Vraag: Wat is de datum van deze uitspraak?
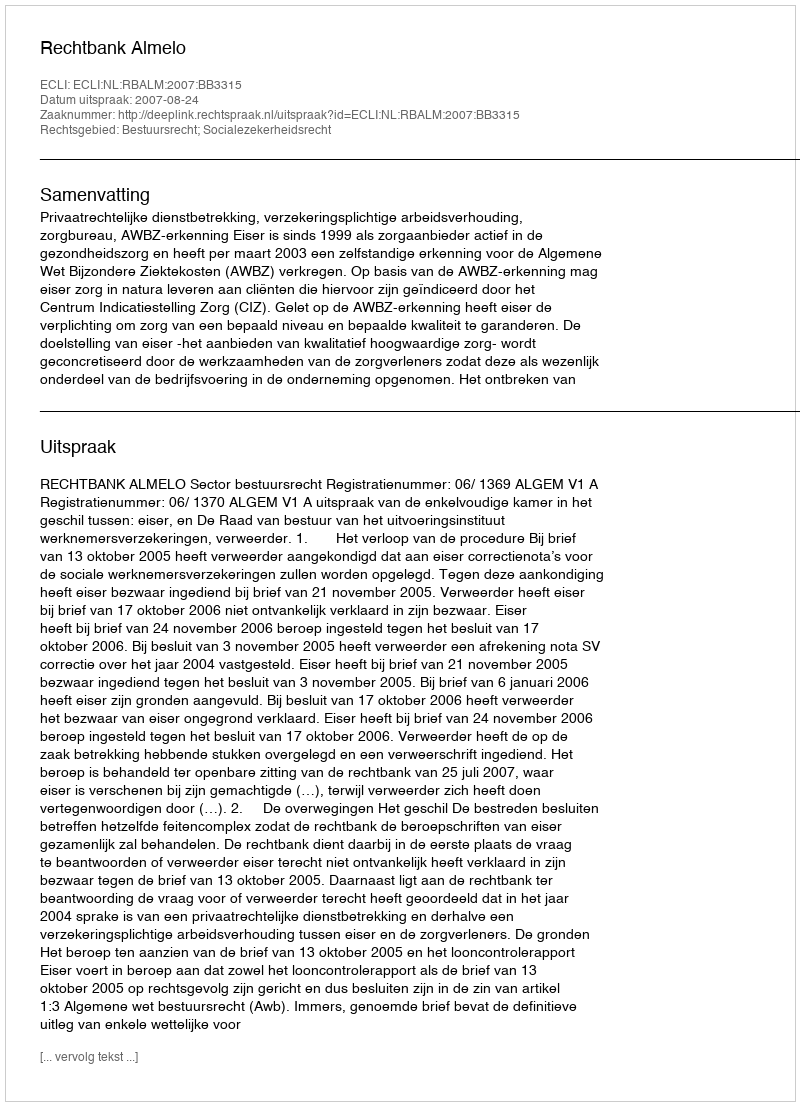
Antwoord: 2007-08-24